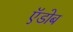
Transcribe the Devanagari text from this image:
ऍडोब